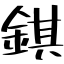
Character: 錤